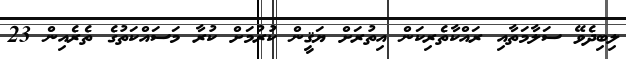
ލިބިދެވޭ ސަލާމަތާއި ރައްކާތެރިކަން އިތުރަށް ޔަޤީން ކުރުމަށް ކުރާ މަސައްކަތުގެ ތެރެއިން 23